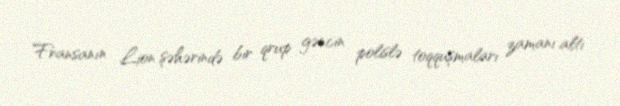
Fransanın Lion şəhərində bir qrup gəncin polislə toqquşmaları zamanı altı